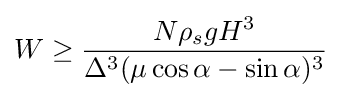
W\geq {\frac {N\rho _{s}gH^{3}}{\Delta ^{3}(\mu \cos \alpha -\sin \alpha )^{3}}}